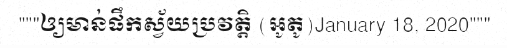
"""ឲ្យមាន់ផឹកស្វ័យប្រវត្តិ (អូតូ)January 18, 2020"""